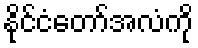
နိုင်ငံတော်အလံကို